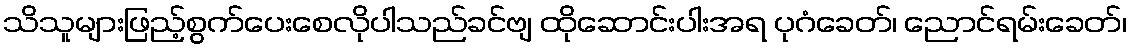
သိသူများဖြည့်စွက်ပေးစေလိုပါသည်ခင်ဗျ ထိုဆောင်းပါးအရ ပုဂံခေတ်၊ ညောင်ရမ်းခေတ်၊